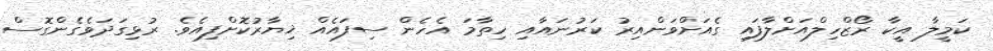
ކަމީލާ އީކާ ރޯޒްހިލްއަށްލާފައި ގެއަށްވަންއިރު ކަރުނައާއި ހިތާމަ އެހެން ސިފައެއް ޚިޔާރުކޮށްފިއެވެ. ރުޅިގަދަވެގެންގޮސް